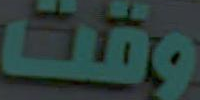
وقت